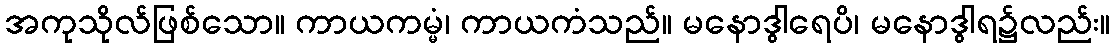
အကုသိုလ်ဖြစ်သော။ ကာယကမ္မံ၊ ကာယကံသည်။ မနောဒွါရေပိ၊ မနောဒွါရ၌လည်း။